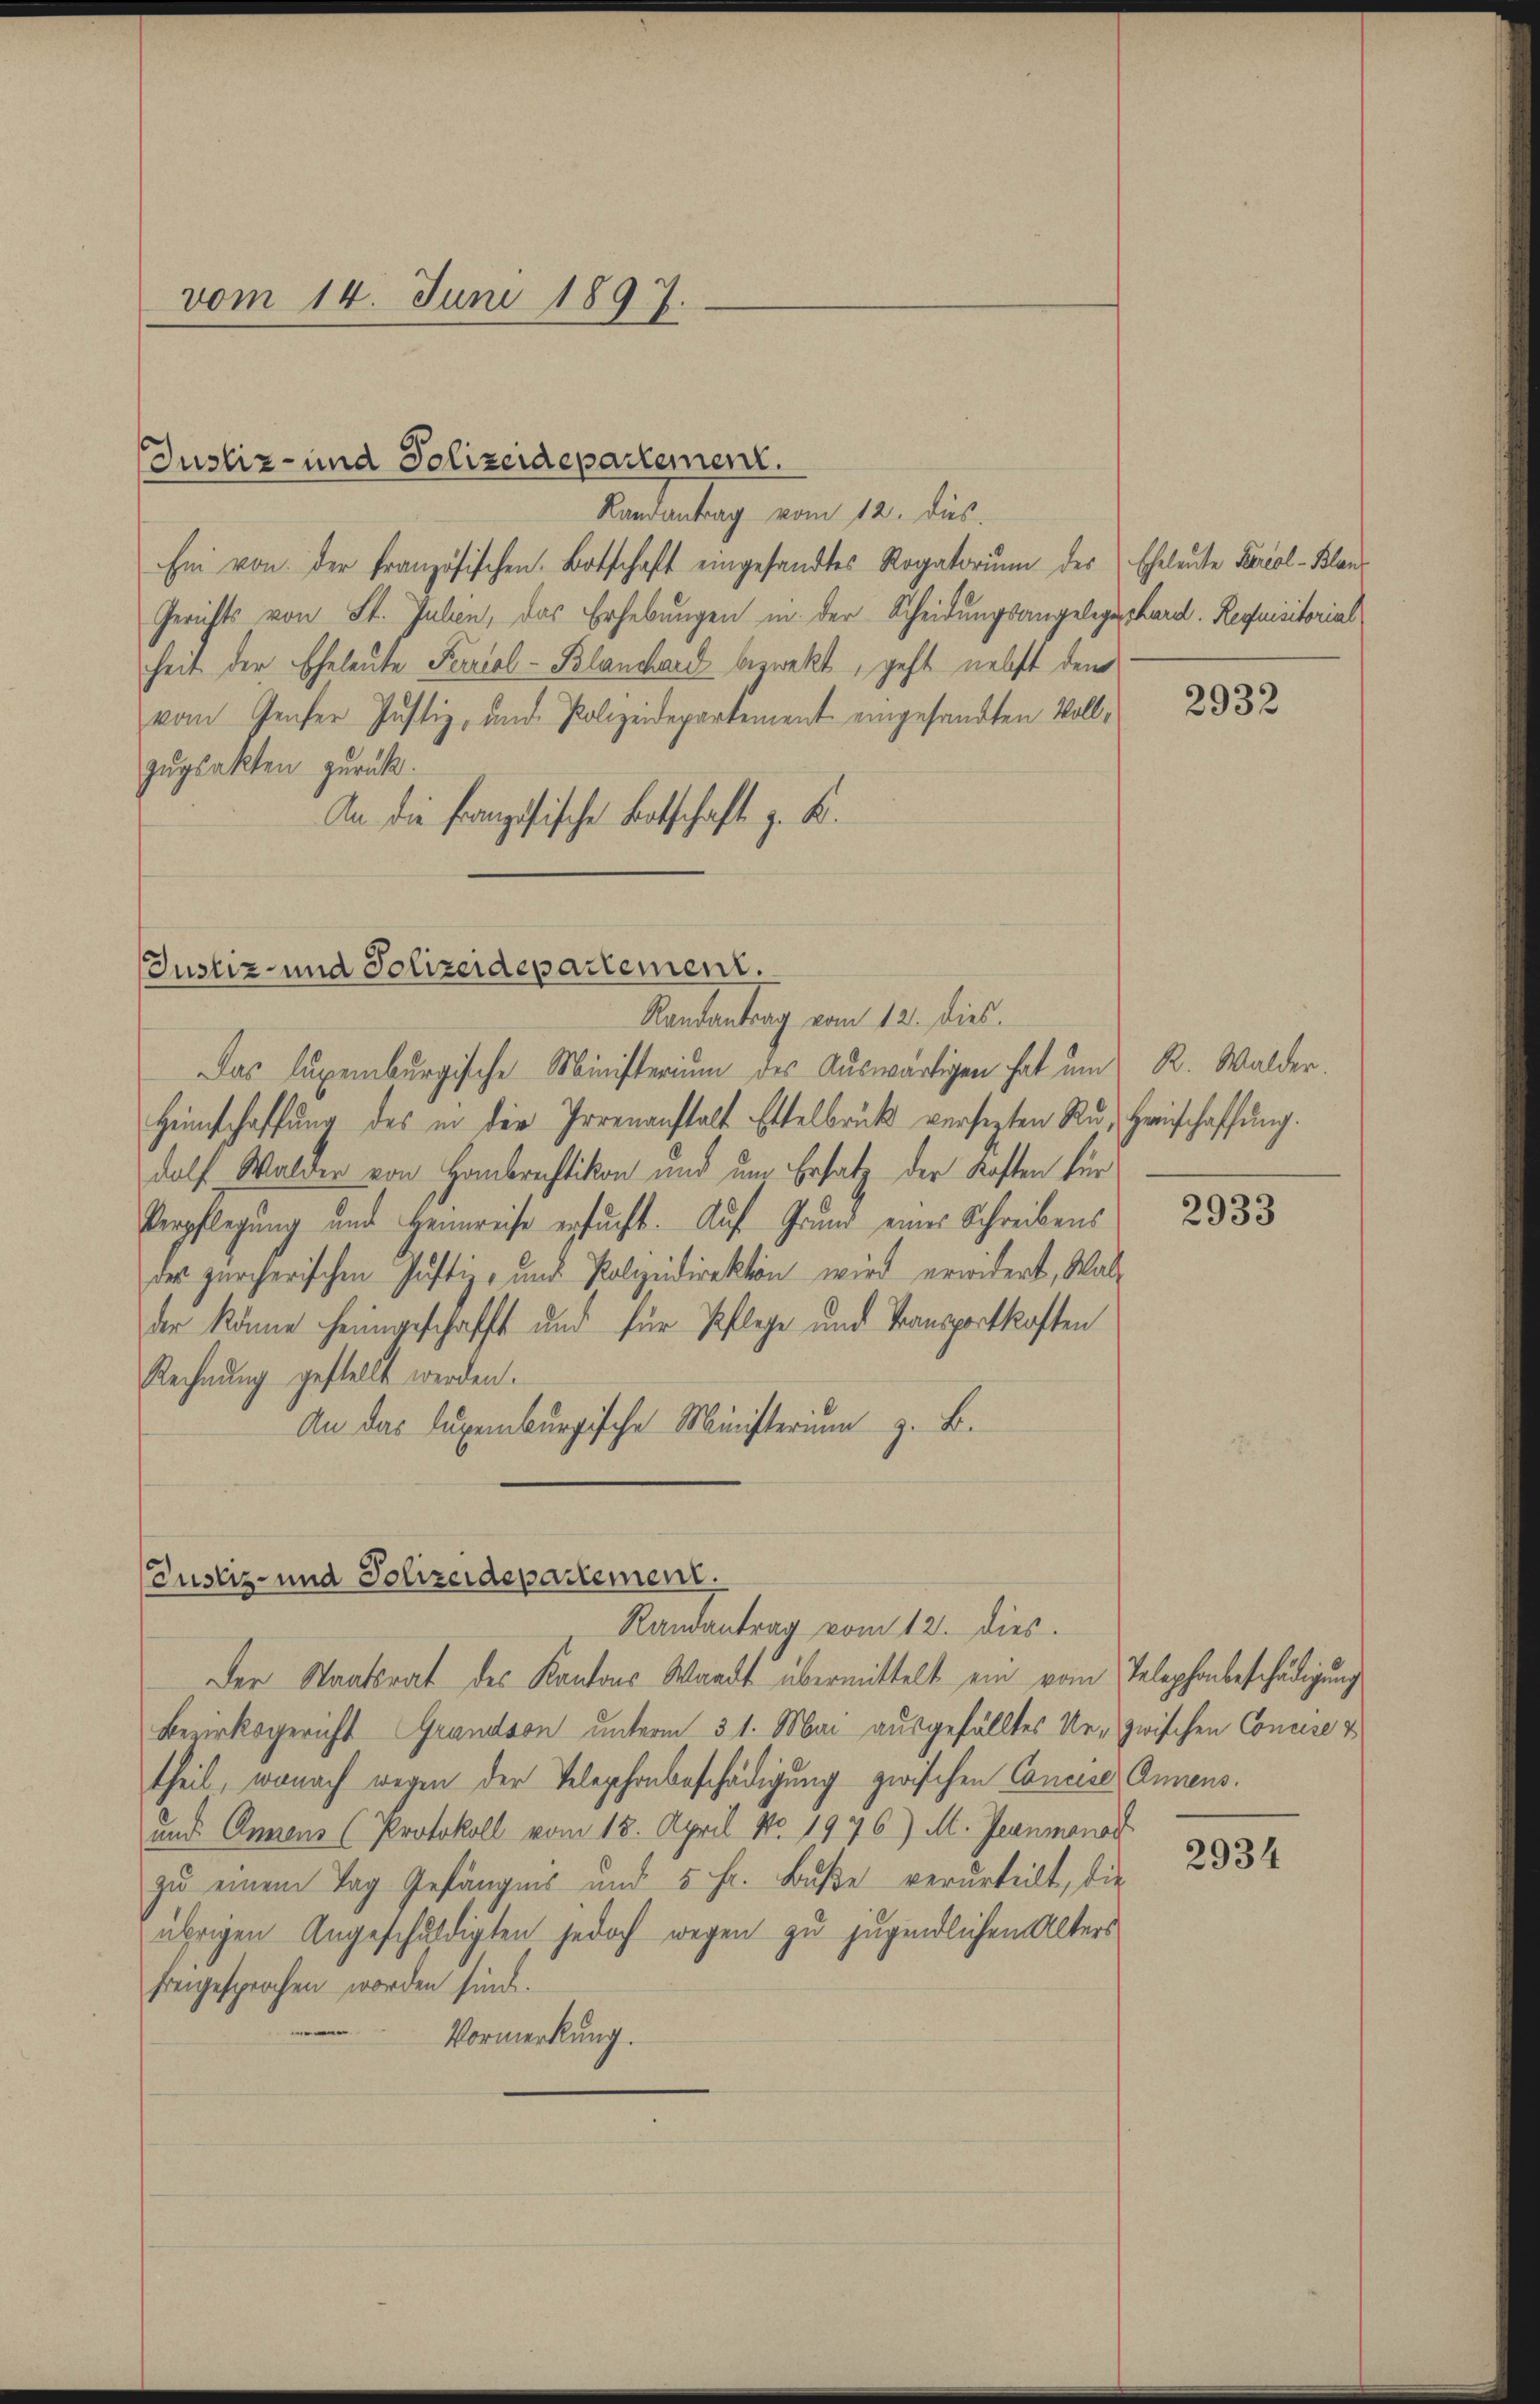
vom 14. Juni 1897.

Justiz- und Polizeidepartement.

Kandantrag vom 12. dies
Ein von der französischen Botschaft eingesandtes Rogatorium des Eheleute Kercal-Blan
Gerichts von St. Julien, das Erhebungen in der Scheidungsangelegenhard. Requisitorial
heit der Eheleute Percal-Blanchard bezwekt, geht nebst dem
vom Genfer Justiz- und Polizeidepartement eingesandten Vollzŭgsakten zurück.
An die französische Botschaft z. B.

Justiz- und Polizeidepartement.
Randantrag vom 12. dies

(Justiz- und Polizeidepartement.
Randantrag vom 12. dies

Das Luxenburgische Ministerium des Auswärtigen hat um R. Walder.
Heimschaffung des in der Irrenanstalt Ettelbrück versezten Rŭ, Hreinschaffŭng.
dolf Walder von Hombrechtikon und um Ersatz der Kosten für
Verpflegung und Heimreise ersucht. Auf Grund eines Schreibens
der zürcherischen Justiz- und Polizeidirektion wird erwidert, Walder könne heimgeschafft und für Pflege und Transportkosten
Rechnung gestellt werden.
An das Luxenburgische Ministerium z. B.

Der Staatsrat des Kantons Waadt übermittelt ein vom Telephonbeschädigung
Bezirksgericht Grandson unterm 31. Mai ausgefälltes Ur- zwischen Concise &
theil, wonach wegen der Telephonbeschädigung zwischen Concise Annens.
und Annens (Protokoll vom 15. April No. 1976) M. Jeanmanad
zu einem Tag Gefängnis und 5 Fr. Buße verurteilt, die
übrigen Angeschuldigten jedoch wegen zu jugendlichen Alters
freigesprochen worden sind.
Vormerkung.

2932

2933

2934